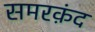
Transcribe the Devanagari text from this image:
समरक़ंद